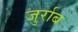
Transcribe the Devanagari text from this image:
जुर्राब